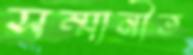
সম্মানীত